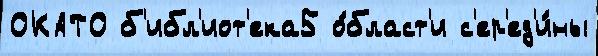
ОКАТО б'ибл'иот'ека5 о́бласт'и с'ер'ед'и́ны